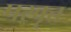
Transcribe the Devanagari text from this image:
परवृत्त